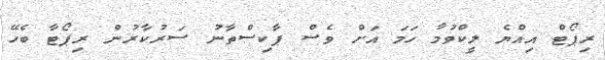
ރިޕޯޓް އިއްޔެ ލީކްވުމާ ހަމަ އަށް ވެސް ޕާކިސްތާނު ސަރުކާރުން ރިޕޯޓާ ބެހޭ